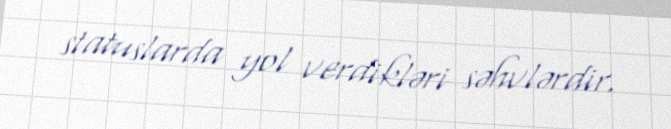
statuslarda yol verdikləri səhvlərdir.